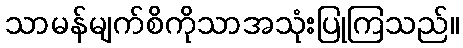
သာမန်မျက်စိကိုသာအသုံးပြုကြသည်။